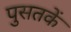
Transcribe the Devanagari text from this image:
पुसतकें